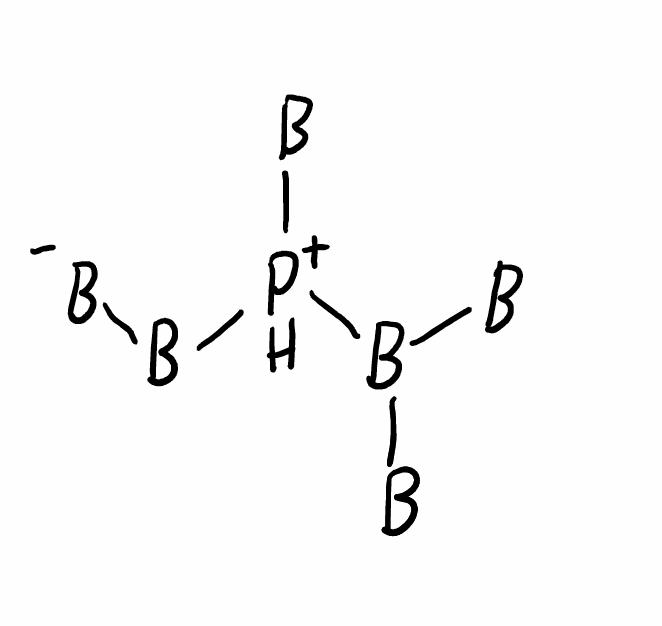
Simplified molecular-input line-entry system (SMILES) notation of the given molecule:
[B-][B][PH+]([B])B([B])[B]